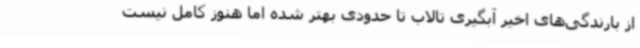
از بارندگی‌های اخیر آبگیری تالاب تا حدودی بهتر شده اما هنوز کامل نیست